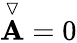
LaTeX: \overset{\triangledown}{\mathbf{A}}=0